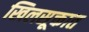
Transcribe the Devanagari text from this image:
खिलसूक्तात